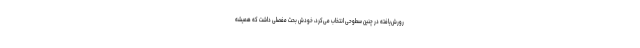
رورش‌یافته در چنین سطوحی انتخاب می‌کرد، خودش بحث مفصلی داشت که همیشه